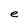
Character: e